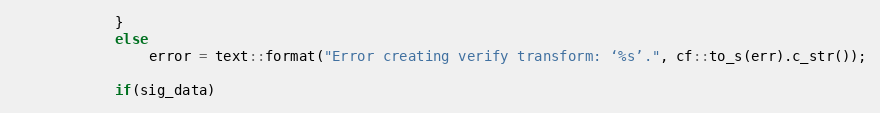
Language: C++
			}
			else
				error = text::format("Error creating verify transform: ‘%s’.", cf::to_s(err).c_str());

			if(sig_data)